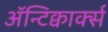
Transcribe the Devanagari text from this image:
ॲन्टिक्वार्क्स